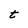
Character: t